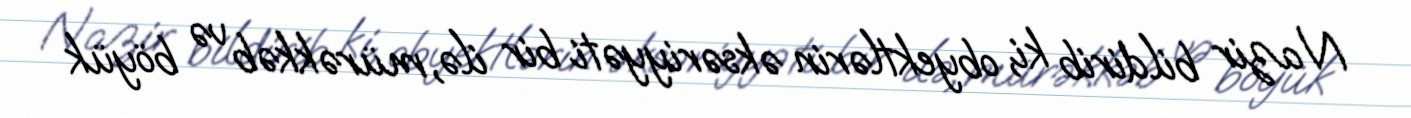
Nazir bildirib ki, obyektlərin əksəriyyəti bir ilə, mürəkkəb və böyük